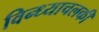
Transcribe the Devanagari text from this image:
विन्ध्याचलकी